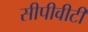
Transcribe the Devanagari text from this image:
सीपीवीटी